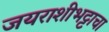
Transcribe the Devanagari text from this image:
जयराशीभट्टाचा